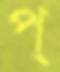
প্